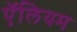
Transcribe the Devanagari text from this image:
ऍलियम